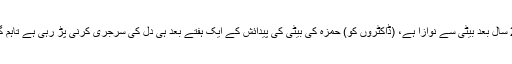
ان کا کہنا تھا کہ ’اللہ پاک نے میرے چھوٹے بیٹے کو بیٹا اور بڑے بیٹے کو شادی کے 20 سال بعد بیٹی سے نوازا ہے، (ڈاکٹروں کو) حمزہ کی بیٹی کی پیدائش کے ایک ہفتے بعد ہی دل کی سرجری کرنی پڑ رہی ہے تاہم گرفتار ہونے اور ای سی ایل میں نام ہونے کی وجہ سے میں ان دونوں سے نہیں مل سکا تھا‘۔